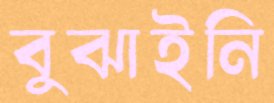
বুঝাইনি